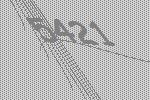
5421